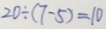
2 0 \div ( 7 - 5 ) = 1 0